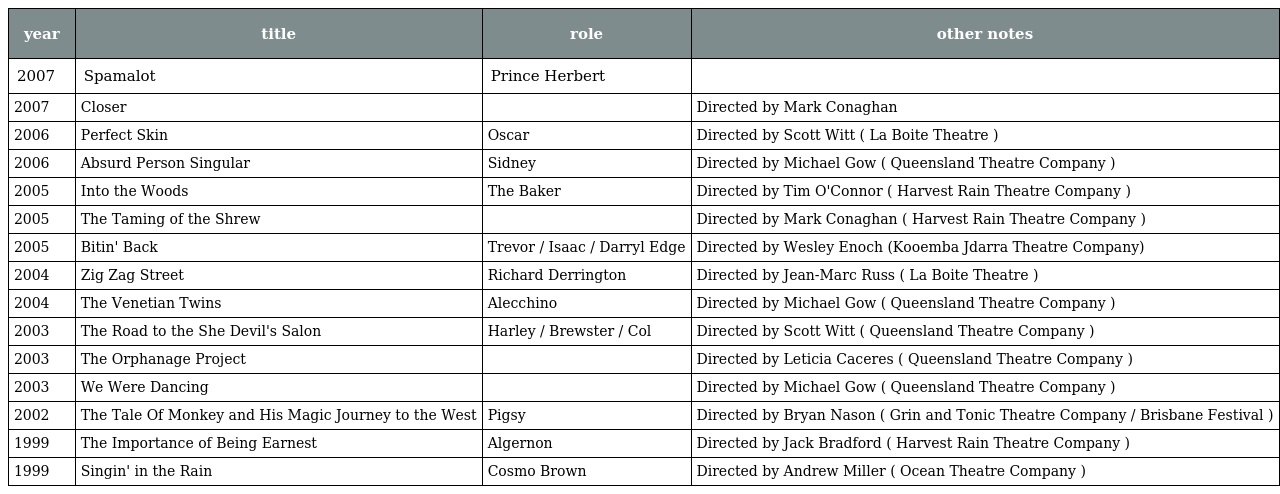
| year | title | role | other notes |
 | --- | --- | --- | --- |
 | 2007 | Spamalot | Prince Herbert |  |
 | 2007 | Closer |  | Directed by Mark Conaghan |
 | 2006 | Perfect Skin | Oscar | Directed by Scott Witt ( La Boite Theatre ) |
 | 2006 | Absurd Person Singular | Sidney | Directed by Michael Gow ( Queensland Theatre Company ) |
 | 2005 | Into the Woods | The Baker | Directed by Tim O'Connor ( Harvest Rain Theatre Company ) |
 | 2005 | The Taming of the Shrew |  | Directed by Mark Conaghan ( Harvest Rain Theatre Company ) |
 | 2005 | Bitin' Back | Trevor / Isaac / Darryl Edge | Directed by Wesley Enoch (Kooemba Jdarra Theatre Company) |
 | 2004 | Zig Zag Street | Richard Derrington | Directed by Jean-Marc Russ ( La Boite Theatre ) |
 | 2004 | The Venetian Twins | Alecchino | Directed by Michael Gow ( Queensland Theatre Company ) |
 | 2003 | The Road to the She Devil's Salon | Harley / Brewster / Col | Directed by Scott Witt ( Queensland Theatre Company ) |
 | 2003 | The Orphanage Project |  | Directed by Leticia Caceres ( Queensland Theatre Company ) |
 | 2003 | We Were Dancing |  | Directed by Michael Gow ( Queensland Theatre Company ) |
 | 2002 | The Tale Of Monkey and His Magic Journey to the West | Pigsy | Directed by Bryan Nason ( Grin and Tonic Theatre Company / Brisbane Festival ) |
 | 1999 | The Importance of Being Earnest | Algernon | Directed by Jack Bradford ( Harvest Rain Theatre Company ) |
 | 1999 | Singin' in the Rain | Cosmo Brown | Directed by Andrew Miller ( Ocean Theatre Company ) |